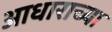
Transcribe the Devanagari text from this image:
आधाराच्या